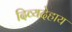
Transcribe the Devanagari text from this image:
दिव्यदेहाय